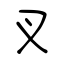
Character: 叉